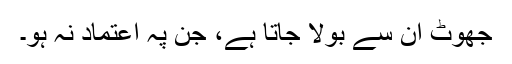
جھوٹ اُن سے بولا جاتا ہے، جن پہ اعتماد نہ ہو۔